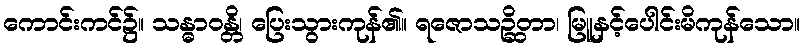
ကောင်းကင်၌။ သန္ဓာဝန္တိ၊ ပြေးသွားကုန်၏။ ရဇောသဉ္ဆိတာ၊ မြူနှင့်ပေါင်းမိကုန်သော။